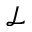
\mathcal { L }